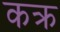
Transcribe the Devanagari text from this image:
कक्र